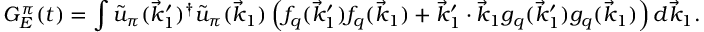
G _ { E } ^ { \pi } ( t ) = \int \tilde { u } _ { \pi } ( \vec { k } _ { 1 } ^ { \prime } ) ^ { \dagger } \tilde { u } _ { \pi } ( \vec { k } _ { 1 } ) \left( f _ { q } ( \vec { k } _ { 1 } ^ { \prime } ) f _ { q } ( \vec { k } _ { 1 } ) + \vec { k } _ { 1 } ^ { \prime } \cdot \vec { k } _ { 1 } g _ { q } ( \vec { k } _ { 1 } ^ { \prime } ) g _ { q } ( \vec { k } _ { 1 } ) \right) d \vec { k } _ { 1 } .